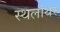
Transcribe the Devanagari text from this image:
स्थलांथर